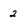
Character: 2